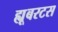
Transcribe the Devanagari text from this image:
ह्यूबरटस